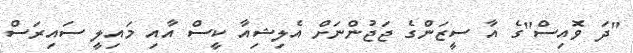
"ދަ ވޮއިސް"ގެ އާ ސީޒަންގެ ޖަޖުންނަށް އެލިޝިއާ ކީސް އާއި މައިލީ ސައިރަސް